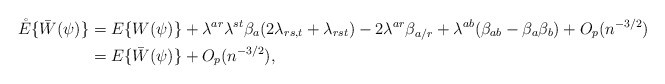
\begin{align*}\mathring E\{\bar W(\psi)\}&=E\{W(\psi)\}+\lambda^{ar}\lambda^{st}\beta_a(2\lambda_{rs,t}+\lambda_{rst})-2\lambda^{ar}\beta_{a/r}+\lambda^{ab}(\beta_{ab}-\beta_a\beta_b)+O_p(n^{-3/2})\\&=E\{\bar W(\psi)\}+O_p(n^{-3/2}),\end{align*}